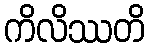
ကိလိဿတိ